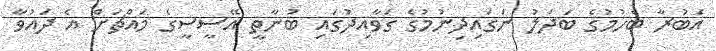
އަބުރާ ބެހުމުގެ ބަދަލު ނަގައިދިނުމުގެ ގަވާއިދުގައި ބުނާތީ އޭސީސީގެ މައްޗަށް އެ ދައުވާ